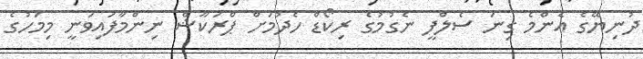
ދުނިޔޭގެ އެންމެ ގިނަ ސެލްފީ ނެގުމުގެ ރިކޯޑް ހެދުމަށް ޕްރަކާޝް ނިންމާފައިވަނީ މިމަހުގެ